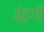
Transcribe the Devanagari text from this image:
बेढ़गी